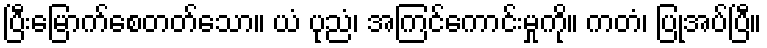
ပြီးမြောက်စေတတ်သော။ ယံ ပုညံ၊ အကြင်ကောင်းမှုကို။ ကတံ၊ ပြုအပ်ပြီ။